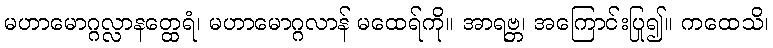
မဟာမောဂ္ဂလ္လာနတ္ထေရံ၊ မဟာမောဂ္ဂလာန် မထေရ်ကို။ အာရဗ္ဘ၊ အကြောင်းပြု၍။ ကထေသိ၊